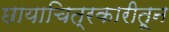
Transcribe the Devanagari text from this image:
छायाचित्रकारीतून